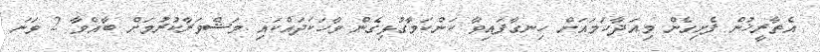
އެތާރީޚުން ފެށިގެން މިއަދާހަމައަށް ހިނގާފައިވާ ކަންކަމާގުޅިގެން ވާހަކަދައްކައި މަޝްވަރާކުރުމަށް ބާއްވާ 2 ވަނަ